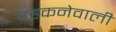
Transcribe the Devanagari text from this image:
दहकनेवाली